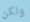
ولكن